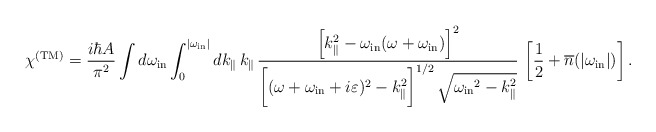
\begin{align*}\chi^{\rm (TM)} = {i\hbar A\over \pi^2}\int d\omega_{\rm in}\int_{0}^{|\omega_{\rm in}|} dk_{\|}\, k_{\|} \,\frac{\left[k_{\|}^2-\omega_{\rm in}(\omega+\omega_{\rm in}) \right]^2}{\biggl[(\omega+\omega_{\rm in}+ i\varepsilon)^2-k_{\|}^2\biggr]^{1/2} \, \sqrt{{\omega_{\rm in}}^2-k_{\|}^2}}\,\left[ {1\over 2}+{\overline n}(|\omega_{\rm in}|)\right].\end{align*}